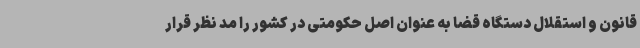
قانون و استقلال دستگاه قضا به عنوان اصل حکومتی در کشور را مد نظر قرار